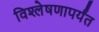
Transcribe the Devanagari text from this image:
विश्लेषणापर्यंत